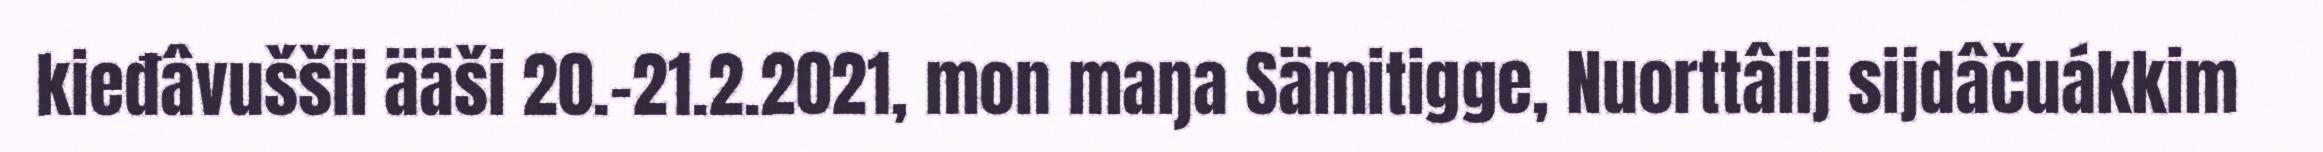
kieđâvuššii ääši 20.-21.2.2021, mon maŋa Sämitigge, Nuorttâlij sijdâčuákkim